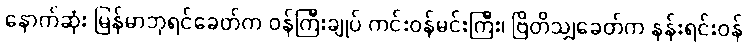
နောက်ဆုံး မြန်မာဘုရင်ခေတ်က ဝန်ကြီးချုပ် ကင်းဝန်မင်းကြီး၊ ဗြိတိသျှခေတ်က နန်းရင်းဝန်